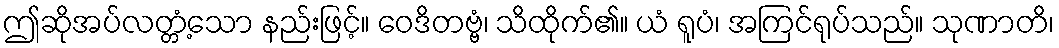
ဤဆိုအပ်လတ္တံ့သော နည်းဖြင့်။ ဝေဒိတဗ္ဗံ၊ သိထိုက်၏။ ယံ ရူပံ၊ အကြင်ရုပ်သည်။ သုဏာတိ၊